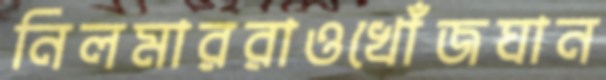
নিলমাররাওখোঁজঘান